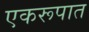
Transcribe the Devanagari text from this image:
एकरूपात